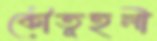
কৌতূহলী